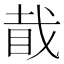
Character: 𥅰